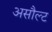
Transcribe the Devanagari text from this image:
असौल्ट